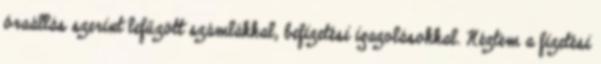
óraállás szerint lefűzött számlákkal, befizetési igazolásokkal. Néztem a fizetési